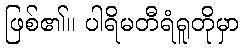
ဖြစ်၏။ ပါရိမတီရံရူတိုမှာ